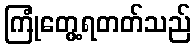
ကြုံတွေ့ရတတ်သည်